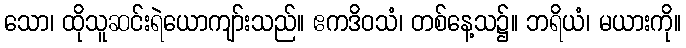
သော၊ ထိုသူဆင်းရဲယောကျာ်းသည်။ ဧကဒိဝသံ၊ တစ်နေ့သ၌။ ဘရိယံ၊ မယားကို။